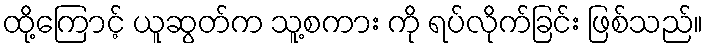
ထို့ကြောင့် ယူဆွတ်က သူ့စကား ကို ရပ်လိုက်ခြင်း ဖြစ်သည်။